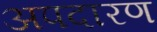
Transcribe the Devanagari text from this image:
अपदारण